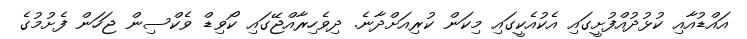
އައްޑުއާއި ކުޅުދުއްފުށީގައި އެކުއެކީގައި މިކަން ކުރިއަށްދާނެ. ދިވެހިރާއްޖޭގައި ކޯވިޑް ވެކްސިން ޖަހަން ފެށުމުގެ